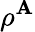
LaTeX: \rho^{\tt\mathbf{A}}